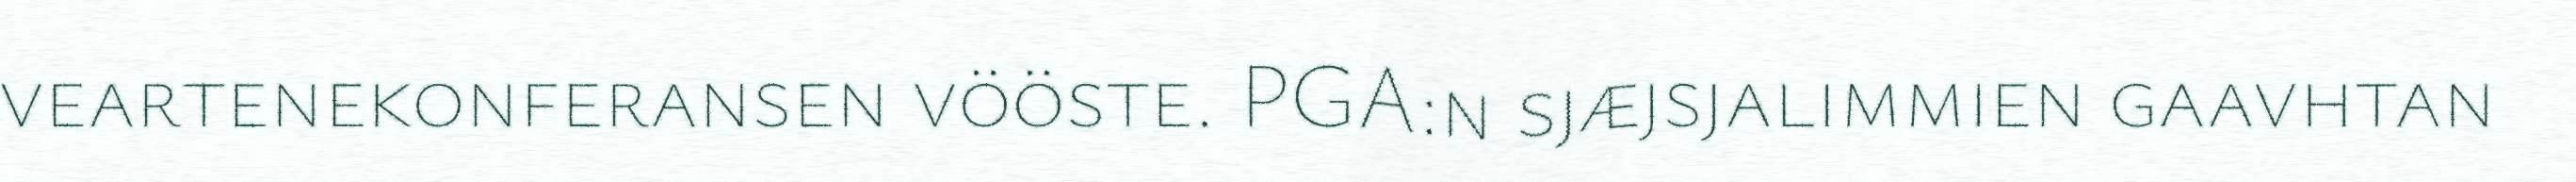
veartenekonferansen vööste. PGA:n sjæjsjalimmien gaavhtan